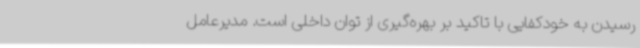
رسیدن به خودکفایی با تاکید بر بهره‌گیری از توان داخلی است. مدیرعامل